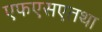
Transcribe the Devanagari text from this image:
एफएसएतथा